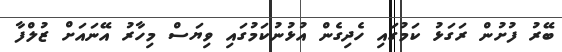
ބޭރު ފުށުން ރަގަޅު ކަމުގައި ހެދިގެން އުޅުނުކަމުގައި ވިޔަސް މިހާރު އޭނައަށް ޒުލްފާ